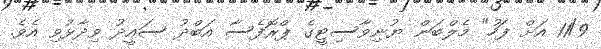
11/9 އަށް ފަހު" މެލްބަން ޔުނިވާސިޓީގެ ޕްރޮފެސާ އަބްދު ސައީދު ވިދާޅުވި އެވެ.